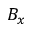
B _ { x }